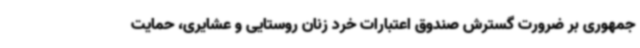
جمهوری بر ضرورت گسترش صندوق اعتبارات خرد زنان روستایی و عشایری، حمایت